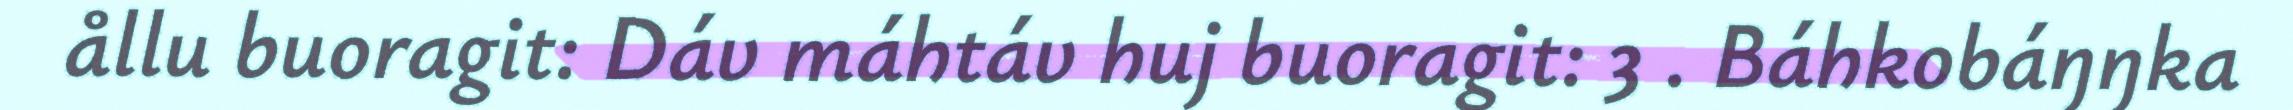
ållu buoragit: Dáv máhtáv huj buoragit: 3 . Báhkobáŋŋka